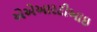
એએઆરટીઆઇ